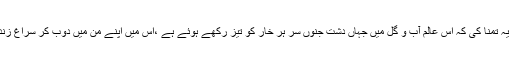
سلطان جمیل نسیم نے ہمیشہ یہ تمنا کی کہ اس عالم آب و گل میں جہاں دشت جنوں سر ہر خار کو تیز رکھے ہوئے ہے ،اس میں اپنے من میں دوب کر سراغ زندگی پانا ہی اصل زندگی ہے۔